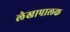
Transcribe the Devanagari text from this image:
लेखापालक